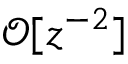
\mathcal { O } [ z ^ { - 2 } ]